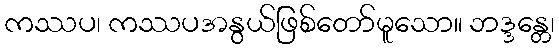
ကဿပ၊ ကဿပအနွယ်ဖြစ်တော်မူသော။ ဘဒ္ဒန္တေ၊